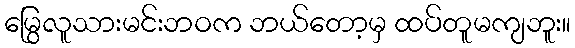
မြွေလူသားမင်းဘဝက ဘယ်တော့မှ ထပ်တူမကျဘူး။